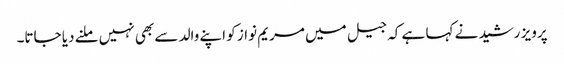
پرویز رشید نے کہا ہے کہ جیل میں مریم نواز کو اپنے والد سے بھی نہیں ملنے دیا جاتا۔